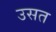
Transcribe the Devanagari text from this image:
उसत